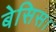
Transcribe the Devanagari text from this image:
बेसिस।